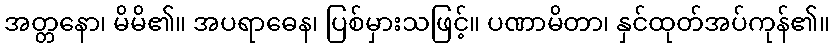
အတ္တနော၊ မိမိ၏။ အပရာဓေန၊ ပြစ်မှားသဖြင့်။ ပဏာမိတာ၊ နှင်ထုတ်အပ်ကုန်၏။